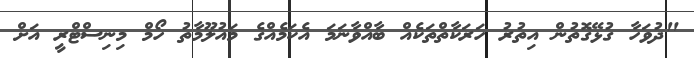
"ދުވަހާ ގުޅޭގޮތުން އިތުރު ހަރަކާތްތަކެއް ބާއްވާނަމަ އެކަމެއްގެ މައުލޫމާތު ހޯމް މިނިސްޓްރީ އަށް